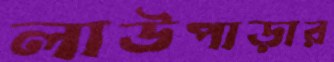
লাউপাড়ার